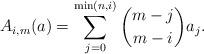
LaTeX: \begin{align*} A_{i,m}(a) = \sum_{j = 0}^{\min(n, i)}{m - j \choose m - i} a_j. \end{align*}